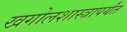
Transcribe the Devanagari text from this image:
खगोलशास्त्रापर्यंत